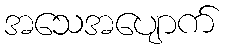
အသေအပျောက်